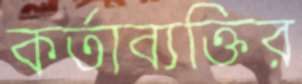
কর্তাব্যক্তির